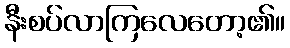
နီးစပ်လာကြလေတော့၏။